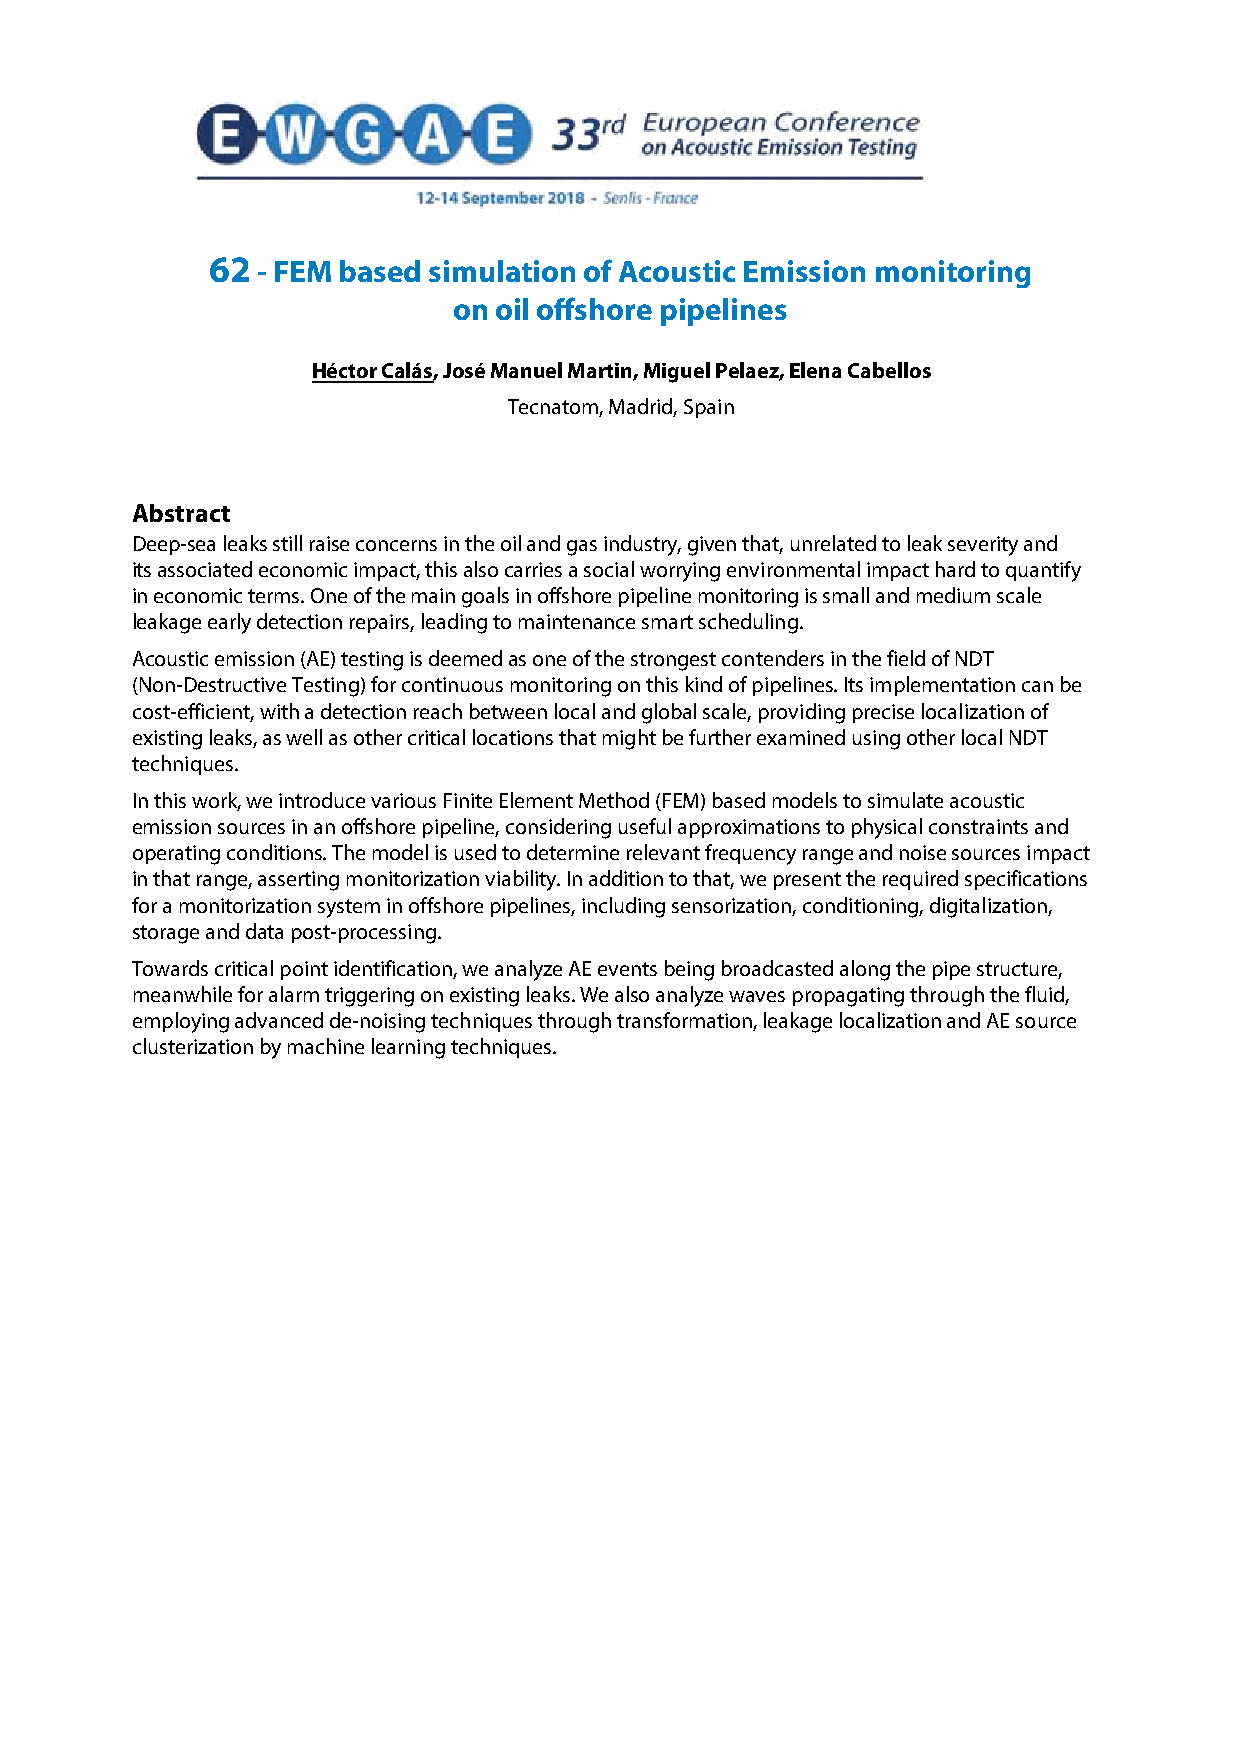
62 - FEM based simulation of Acoustic Emission monitoring
 on oil offshore pipelines
 Héctor Calás, José Manuel Martin, Miguel Pelaez, Elena Cabellos
 Tecnatom, Madrid, Spain
 Abstract
 Deep-sea leaks still raise concerns in the oil and gas industry, given that, unrelated to leak severity and
 its associated economic impact, this also carries a social worrying environmental impact hard to quantify
 in economic terms. One of the main goals in offshore pipeline monitoring is small and medium scale
 leakage early detection repairs, leading to maintenance smart scheduling.
 Acoustic emission (AE) testing is deemed as one of the strongest contenders in the field of NDT
 (Non-Destructive Testing) for continuous monitoring on this kind of pipelines. Its implementation can be
 cost-efficient, with a detection reach between local and global scale, providing precise localization of
 existing leaks, as well as other critical locations that might be further examined using other local NDT
 techniques.
 In this work, we introduce various Finite Element Method (FEM) based models to simulate acoustic
 emission sources in an offshore pipeline, considering useful approximations to physical constraints and
 operating conditions. The model is used to determine relevant frequency range and noise sources impact
 in that range, asserting monitorization viability. In addition to that, we present the required specifications
 for a monitorization system in offshore pipelines, including sensorization, conditioning, digitalization,
 storage and data post-processing.
 Towards critical point identification, we analyze AE events being broadcasted along the pipe structure,
 meanwhile for alarm triggering on existing leaks. We also analyze waves propagating through the fluid,
 employing advanced de-noising techniques through transformation, leakage localization and AE source
 clusterization by machine learning techniques.